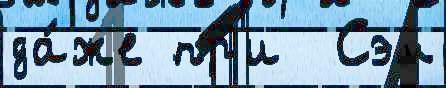
да́же пр'и  Сэм